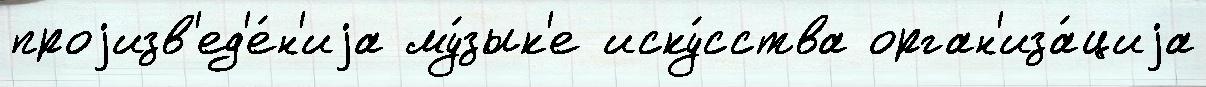
проjизв'ед'е́н'иjа му́зык'е иску́сства орган'иза́циjа